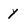
Character: y